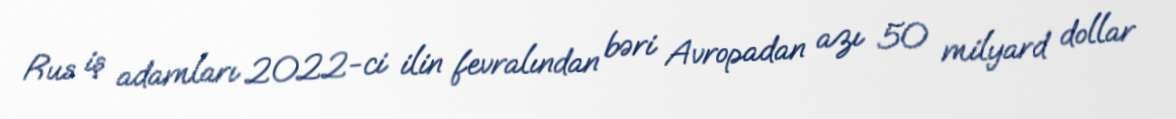
Rus iş adamları 2022-ci ilin fevralından bəri Avropadan azı 50 milyard dollar